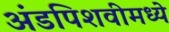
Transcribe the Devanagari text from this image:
अंडपिशवीमध्ये